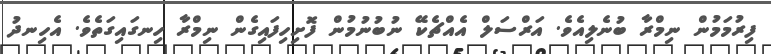
ފިރުމަމުން ނިމްރާ ބުނެލިއެވެ. އަރްސަލް އެއްޗެކޭ ނުބުނުމުން ފޮށިހިފައިގެން ނިމްރާ ހިނގައިގަތެވެ. އެހިނދު